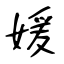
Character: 媛